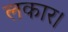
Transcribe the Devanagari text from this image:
लकार।